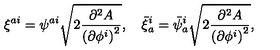
\xi ^ { a i } = \psi ^ { a i } \sqrt { 2 \frac { \partial ^ { 2 } A } { { ( \partial \phi ^ { i } ) } ^ { 2 } } } , \quad \bar { \xi } _ { a } ^ { i } = \bar { \psi } _ { a } ^ { i } \sqrt { 2 \frac { \partial ^ { 2 } A } { { ( \partial \phi ^ { i } ) } ^ { 2 } } } ,